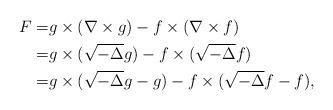
LaTeX: \begin{align*}F=& g\times (\nabla\times g)-f\times (\nabla\times f)\\=&g\times (\sqrt{-\Delta}g)-f\times (\sqrt{-\Delta}f)\\=&g\times (\sqrt{-\Delta}g-g)-f\times (\sqrt{-\Delta}f-f),\end{align*}